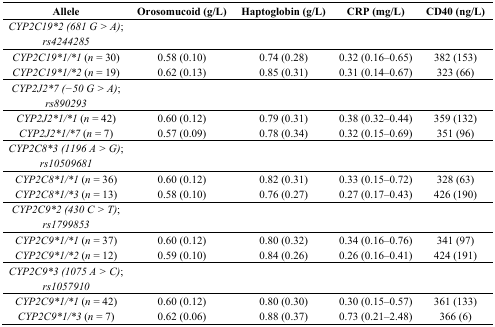
<table><thead><tr><td><b>Allele</b></td><td><b>Orosomucoid (g/L)</b></td><td><b>Haptoglobin (g/L)</b></td><td><b>CRP (mg/L)</b></td><td><b>CD40 (ng/L)</b></td></tr></thead><tbody><tr><td><i>CYP2C19*2 (681 G &gt; A); rs4244285</i></td><td></td><td></td><td></td><td></td></tr><tr><td><i>CYP2C19*1/*1</i> (<i>n</i> = 30)</td><td>0.58 (0.10)</td><td>0.74 (0.28)</td><td>0.32 (0.16–0.65)</td><td>382 (153)</td></tr><tr><td><i>CYP2C19*1/*2</i> (<i>n</i> = 19)</td><td>0.62 (0.13)</td><td>0.85 (0.31)</td><td>0.31 (0.14–0.67)</td><td>323 (66)</td></tr><tr><td><i>CYP2J2*7 (−50 G &gt; A); rs890293</i></td><td></td><td></td><td></td><td></td></tr><tr><td><i>CYP2J2*1/*1</i> (<i>n</i> = 42)</td><td>0.60 (0.12)</td><td>0.79 (0.31)</td><td>0.38 (0.32–0.44)</td><td>359 (132)</td></tr><tr><td><i>CYP2J2*1/*7</i> (<i>n</i> = 7)</td><td>0.57 (0.09)</td><td>0.78 (0.34)</td><td>0.32 (0.15–0.69)</td><td>351 (96)</td></tr><tr><td><i>CYP2C8*3 (1196 A &gt; G); rs10509681</i></td><td></td><td></td><td></td><td></td></tr><tr><td><i>CYP2C8*1/*1</i> (<i>n</i> = 36)</td><td>0.60 (0.12)</td><td>0.82 (0.31)</td><td>0.33 (0.15–0.72)</td><td>328 (63)</td></tr><tr><td><i>CYP2C8*1/*3</i> (<i>n</i> = 13)</td><td>0.58 (0.10)</td><td>0.76 (0.27)</td><td>0.27 (0.17–0.43)</td><td>426 (190)</td></tr><tr><td><i>CYP2C9*2 (430 C &gt; T); rs1799853</i></td><td></td><td></td><td></td><td></td></tr><tr><td><i>CYP2C9*1/*1</i> (<i>n</i> = 37)</td><td>0.60 (0.12)</td><td>0.80 (0.32)</td><td>0.34 (0.16–0.76)</td><td>341 (97)</td></tr><tr><td><i>CYP2C9*1/*2</i> (<i>n</i> = 12)</td><td>0.59 (0.10)</td><td>0.84 (0.26)</td><td>0.26 (0.16–0.41)</td><td>424 (191)</td></tr><tr><td><i>CYP2C9*3 (1075 A &gt; C); rs1057910</i></td><td></td><td></td><td></td><td></td></tr><tr><td><i>CYP2C9*1/*1</i> (<i>n</i> = 42)</td><td>0.60 (0.12)</td><td>0.80 (0.30)</td><td>0.30 (0.15–0.57)</td><td>361 (133)</td></tr><tr><td><i>CYP2C9*1/*3</i> (<i>n</i> = 7)</td><td>0.62 (0.06)</td><td>0.88 (0.37)</td><td>0.73 (0.21–2.48)</td><td>366 (6)</td></tr></tbody></table>